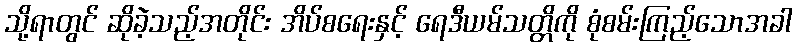
သို့ရာတွင် ဆိုခဲ့သည့်အတိုင်း အိပ်စရေးနှင့် ရေဒီယမ်သတ္တိကို စုံစမ်းကြည့်သောအခါ